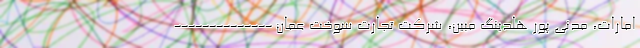
امارات، مدنی پور هلدینگ مبین، شرکت تجارت سوخت عمان --------------